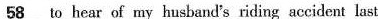
\underline{58} to hear of my husband's riding accident last